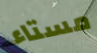
مستاء